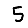
Digit: 5